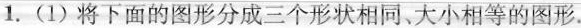
1.(1)将下面的图形分成三个形状相同、大小相等的图形。